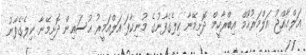
އަލްޙާއްޖު އަލްމަރުޙޫމް އިބްރާހީމް ދޮށިމޭނާ ކިލެގެފާނުގެ މުނިކާފަ އަލްއަމީރު ޙުސައިން ދޮށިމޭނާ ކިލެގެފާނު